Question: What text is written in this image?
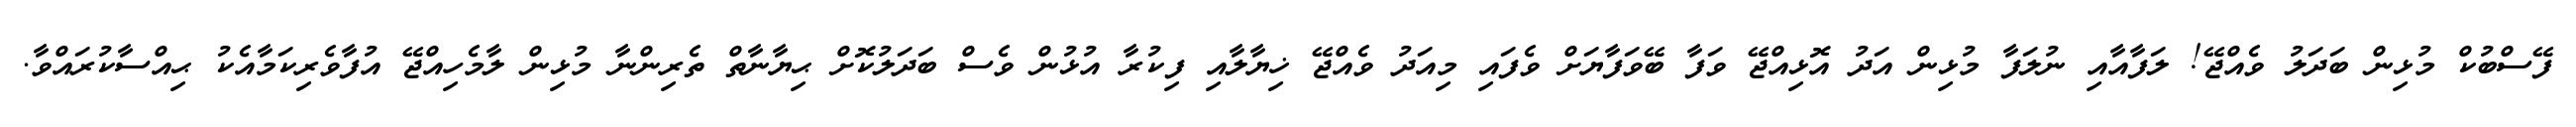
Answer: ފޭސްބުކް މުޅިން ބަދަލު ވެއްޖޭ! ލަފާއާއި ނުލަފާ މުޅިން އަދު އޮޅިއްޖޭ ވަފާ ބޭވަފާޔަށް ވެފައި މިއަދު ވެއްޖޭ ޚިޔާލާއި ފިކުރާ އުޅުން ވެސް ބަދަލުކޮށް ޙިޔާނާތް ތެރިންނާ މުޅިން ލާމެހިއްޖޭ އުފާވެރިކަމާއެކު ޙިއްސާކުރައްވާ.